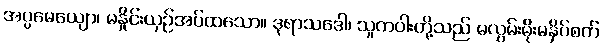
အပ္ပမေယျော၊ မနှိုင်းယှဉ်အပ်ထသော။ ဒုရာသဒေါ၊ သူတပါးတို့သည် မလွှမ်းမိုးမနှိပ်စက်